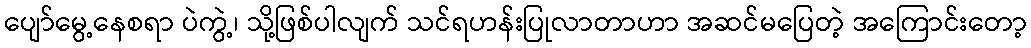
ပျော်မွေ့နေစရာ ပဲကွဲ့၊ သို့ဖြစ်ပါလျက် သင်ရဟန်းပြုလာတာဟာ အဆင်မပြေတဲ့ အကြောင်းတော့